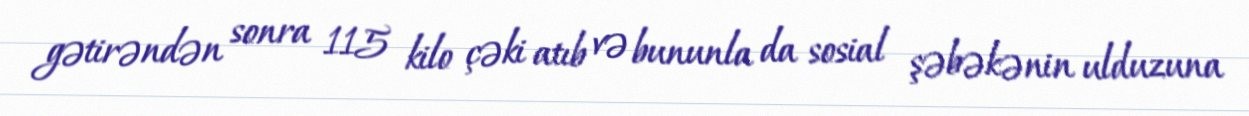
gətirəndən sonra 115 kilo çəki atıb və bununla da sosial şəbəkənin ulduzuna